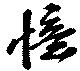
憶